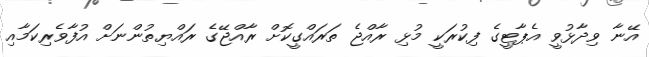
އޭނާ ވިދާޅުވީ އެޕާޓީގެ ފިކުރަކީ މުޅި ރާއްޖެ ތަރައްގީކޮށް ރާއްޖޭގެ ރައްޔިތުންނަށް އުފާވެރިކަމާއި